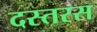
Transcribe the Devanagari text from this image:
दस्तरस